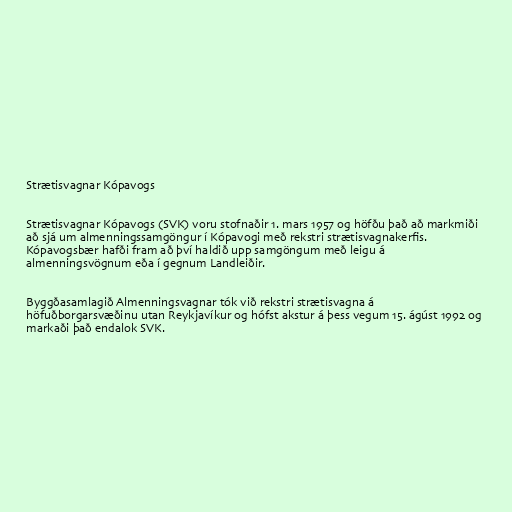
Strætisvagnar Kópavogs

Strætisvagnar Kópavogs (SVK) voru stofnaðir 1. mars 1957 og höfðu það að markmiði
að sjá um almenningssamgöngur í Kópavogi með rekstri strætisvagnakerfis.
Kópavogsbær hafði fram að því haldið upp samgöngum með leigu á
almenningsvögnum eða í gegnum Landleiðir.

Byggðasamlagið Almenningsvagnar tók við rekstri strætisvagna á
höfuðborgarsvæðinu utan Reykjavíkur og hófst akstur á þess vegum 15. ágúst 1992 og
markaði það endalok SVK.